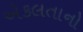
એકલતાનો